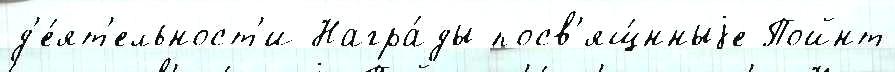
д'е́ят'ельност'и Награ́ды посв'ящ́нныjе Пойнт